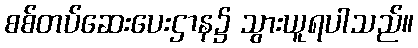
စစ်တပ်ဆေးပေးဌာန၌ သွားယူရပါသည်။